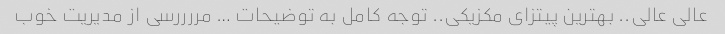
عالی عالی.. بهترین پیتزای مکزیکی.. توجه کامل به توضیحات … مررررسی از مدیریت خوب